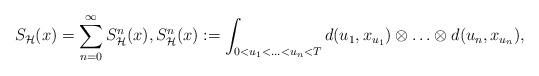
LaTeX: \begin{align*}S_{\mathcal{H}}(x) = \sum_{n=0}^\infty S^n_{\mathcal{H}}(x), S^n_{\mathcal{H}}(x) := \int_{0<u_1<\ldots<u_n<T} d(u_1,x_{u_1}) \otimes \ldots \otimes d(u_n,x_{u_n}),\end{align*}